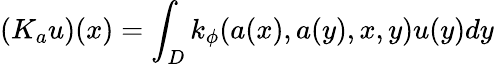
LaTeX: (K_{a}u)(x)=\int_{D}k_{\phi}(a(x),a(y),x,y)u(y)dy